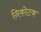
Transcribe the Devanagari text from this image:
निकोटक